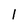
Character: l